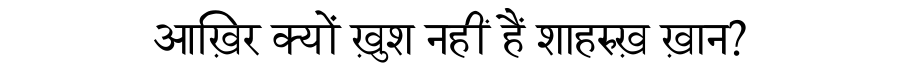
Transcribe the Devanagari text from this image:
आख़िर क्यों ख़ुश नहीं हैं शाहरुख़ ख़ान?